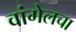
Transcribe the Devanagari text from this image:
वांगेलचा